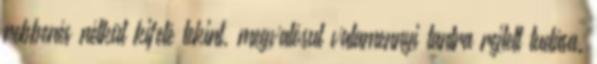
rebbenés nélkül kifelé tekint, megvalósul valamennyi tantra rejtett tudása.